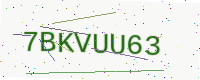
Text: 7BKVUU63